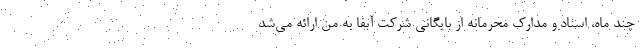
چند ماه، اسناد و مدارک محرمانه از بایگانی شرکت آبفا به من ارائه می‌شد